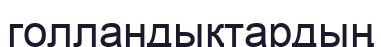
голландықтардың